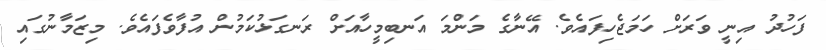
ފަހުދު އިނީ ވަރަށް ހަމަޖެހިފައެވެ. އޭނާގެ މަންމަ އަނބިމީހާއަށް ރަނގަޅުކަމުން އުފާވެފައެވެ. މިޒަމާނުގައި